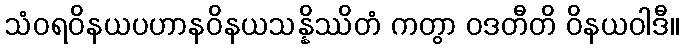
သံဝရဝိနယပဟာနဝိနယသန္နိဿိတံ ကတွာ ဝဒတီတိ ဝိနယဝါဒီ။